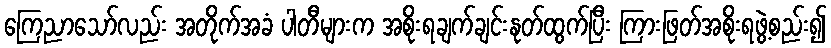
ကြေညာသော်လည်း အတိုက်အခံ ပါတီများက အစိုးရချက်ချင်းနုတ်ထွက်ပြီး ကြားဖြတ်အစိုးရဖွဲ့စည်း၍